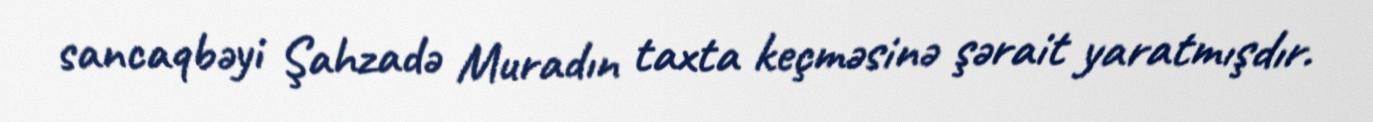
sancaqbəyi Şahzadə Muradın taxta keçməsinə şərait yaratmışdır.